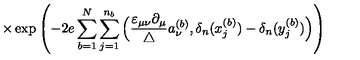
\times \exp \left( - 2 e \sum _ { b = 1 } ^ { N } \sum _ { j = 1 } ^ { n _ { b } } \Big ( \frac { \varepsilon _ { \mu \nu } \partial _ { \mu } } { \triangle } a _ { \nu } ^ { ( b ) } , \delta _ { n } ( x _ { j } ^ { ( b ) } ) - \delta _ { n } ( y _ { j } ^ { ( b ) } ) \Big ) \right)